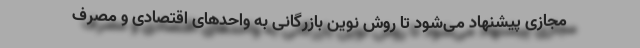
مجازی پیشنهاد می‌شود تا روش نوین بازرگانی به واحدهای اقتصادی و مصرف